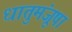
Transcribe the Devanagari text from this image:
धातुमंजूषा